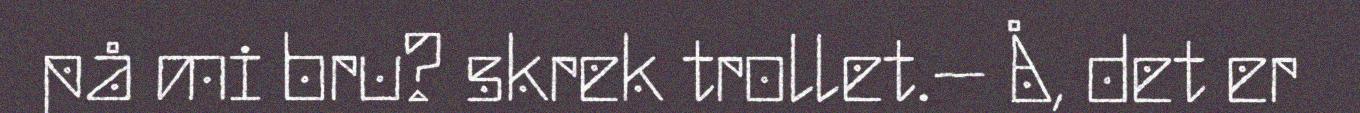
på mi bru? skrek trollet.– Å, det er